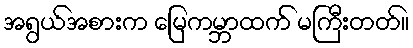
အရွယ်အစားက မြေကမ္ဘာထက် မကြီးတတ်။